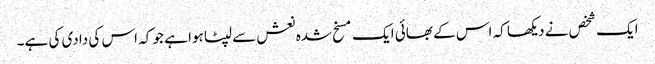
ایک شخص نے دیکھا کہ اس کے بھائی ایک مسخ شدہ نعش سے لپٹا ہوا ہے جو کہ اس کی دادی کی ہے۔